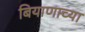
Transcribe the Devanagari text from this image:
बियाणाच्या